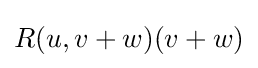
R(u,v+w)(v+w)